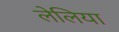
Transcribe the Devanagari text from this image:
लेलिया